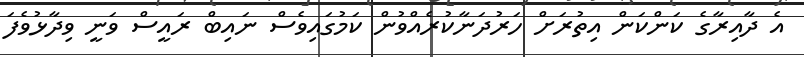
އެ ދާއިރާގެ ކަންކަން އިތުރަށް ހަރުދަނާކުރެއްވުން ކަމުގައިވެސް ނައިބް ރައީސް ވަނީ ވިދާޅުވެފަ